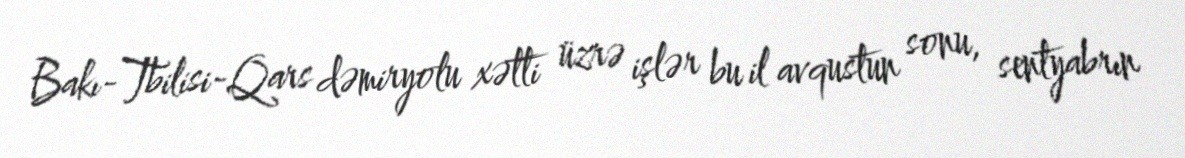
Bakı-Tbilisi-Qars dəmiryolu xətti üzrə işlər bu il avqustun sonu, sentyabrın